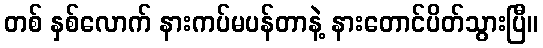
တစ် နှစ်လောက် နားကပ်မပန်တာနဲ့ နားတောင်ပိတ်သွားပြီ။